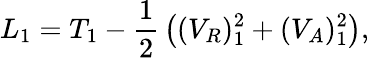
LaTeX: L_{1}=T_{1}-{\frac{1}{2}}\left((V_{R})_{1}^{2}+(V_{A})_{1}^{2}\right),